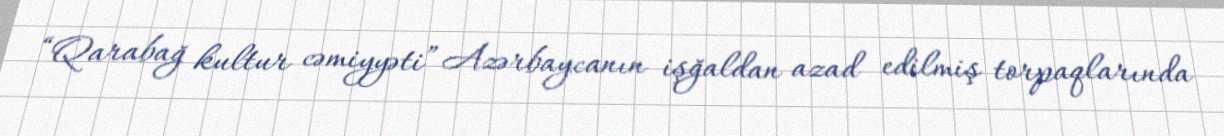
“Qarabağ kultur cəmiyyəti” Azərbaycanın işğaldan azad edilmiş torpaqlarında